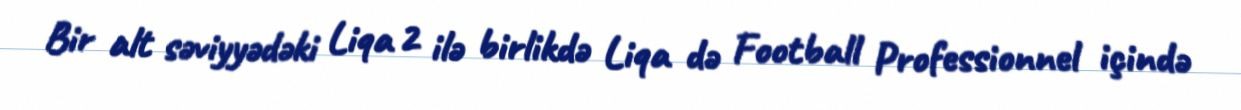
Bir alt səviyyədəki Liqa 2 ilə birlikdə Liqa də Football Professionnel içində